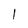
Character: 1